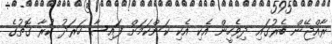
ރާއްޖޭން ބެރުގައި ދިވެހީން އެކި އެކި ކަންކަމަށް ފައިސާ ހަރަދު ކުރާ ގޮތުގެ